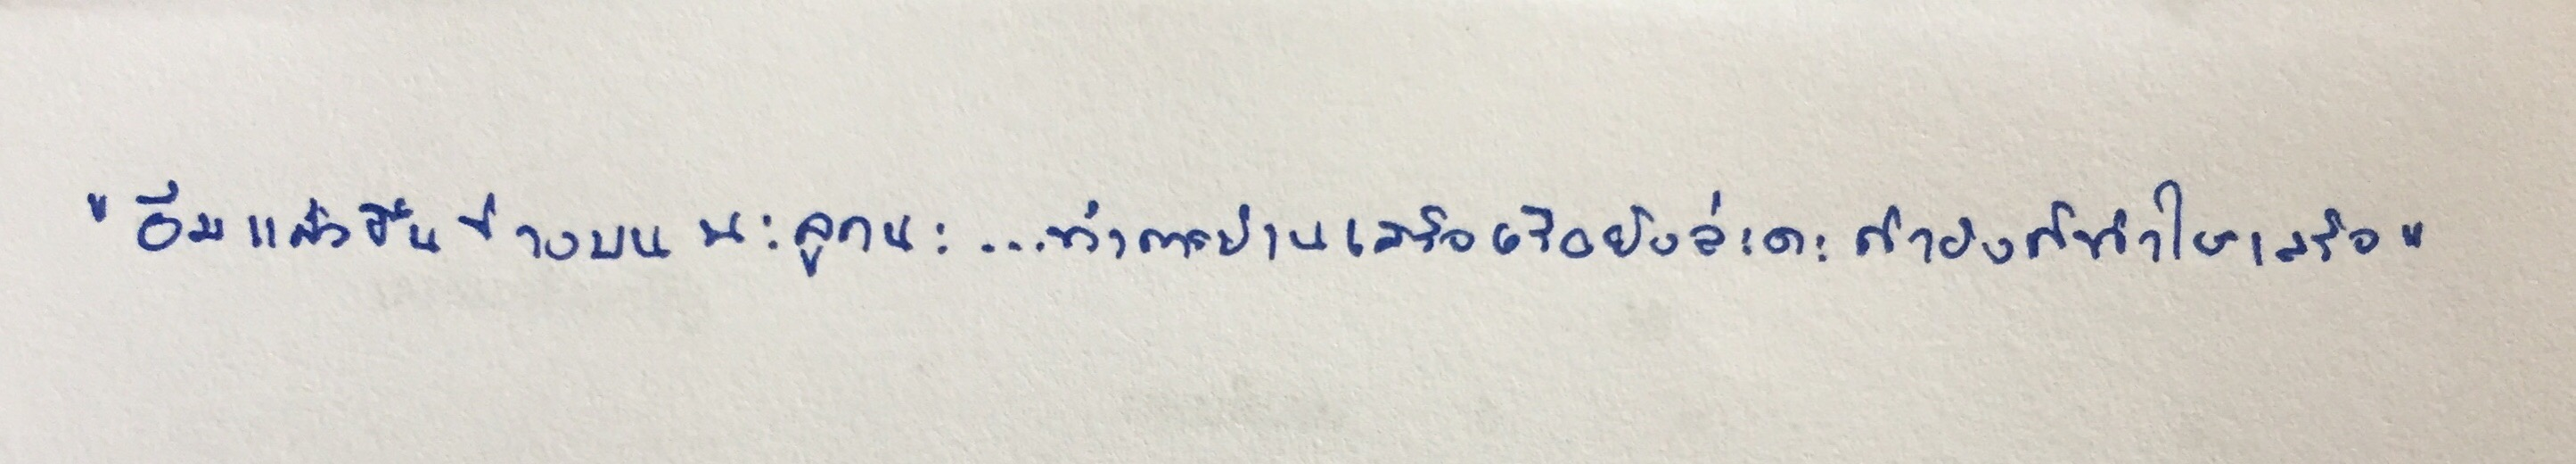
"อิ่มแล้วขึ้นข้างบนนะลูกนะ...ทำการบ้านเสร็จหรือยังล่ะคะถ้ายังก็ทำให้เสร็จ"